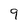
Character: 9